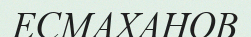
ЕСМАХАНОВ